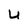
Character: U